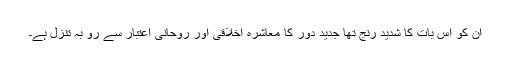
ان کو اس بات کا شدید رنج تھا جدید دور کا معاشرہ اخلاقی اور روحانی اعتبار سے رو بہ تنزل ہے۔